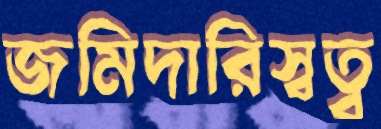
জমিদারিস্বত্ব